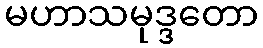
မဟာသမုဒ္ဒတော